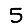
Digit: 5